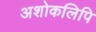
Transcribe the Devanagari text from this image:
अशोकलिपि